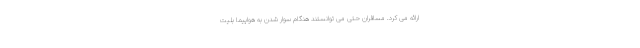
ارائه می کرد. مسافران حتی می توانستند هنگام سوار شدن به هواپیما بلیت